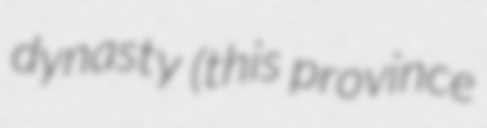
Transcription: dynasty (this province